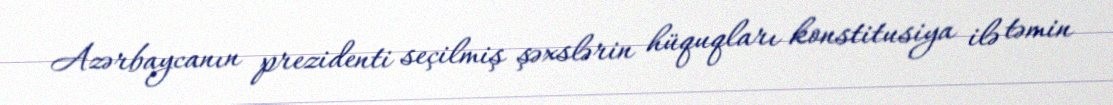
Azərbaycanın prezidenti seçilmiş şəxslərin hüquqları konstitusiya ilə təmin